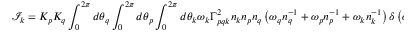
\mathcal { I } _ { k } = K _ { p } K _ { q } \int _ { 0 } ^ { 2 \pi } d \theta _ { q } \int _ { 0 } ^ { 2 \pi } d \theta _ { p } \int _ { 0 } ^ { 2 \pi } d \theta _ { k } \omega _ { k } \Gamma _ { p q k } ^ { 2 } n _ { k } n _ { p } n _ { q } \left( \omega _ { q } n _ { q } ^ { - 1 } + \omega _ { p } n _ { p } ^ { - 1 } + \omega _ { k } n _ { k } ^ { - 1 } \right) \delta \left( \omega _ { p , q , k } \right) \delta \left( \mathbf { k } + \mathbf { q } + \mathbf { p } \right)